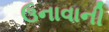
ઉનાવાની